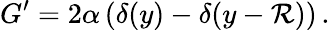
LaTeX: G^{\prime}=2\alpha\left(\delta(y)-\delta(y-\mathcal{R})\right)\, .